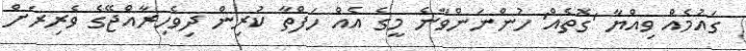
ގައުމެއް ވިއްޔާ 'ގޮތެއް' ހުންނަންވާނެ މީގެ އެއް ހަފްތާ ކުރިން ދިވެހިރާއްޖޭގެ ވެރިރަށް